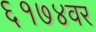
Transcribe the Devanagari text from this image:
६१७४वर